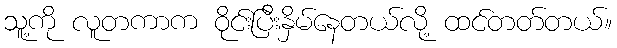
သူ့ကို လူတကာက ဝိုင်းပြီးနှိမ်နေတယ်လို့ ထင်တတ်တယ်။